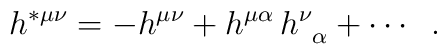
h^{*\mu \nu }=-h^{\mu \nu }+h^{\mu \alpha }\,h_{\;\;\alpha}^\nu +\cdots \;\;.